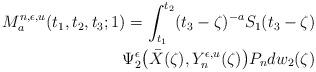
LaTeX: \begin{align*}M^{n,\epsilon,u}_a(t_1,t_2,t_3;1)=\int_{t_1}^{t_2}(t_3-\zeta)^{-a}S_1(t_3-\zeta)\\\Psi^\epsilon_2 \big(\bar{X}(\zeta), Y_n^{\epsilon,u}(\zeta)\big)P_ndw_2(\zeta)\end{align*}